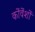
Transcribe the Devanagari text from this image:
कोंवेंशों